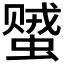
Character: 𬠠